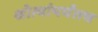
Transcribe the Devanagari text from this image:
श्रोत्यांपर्यंतच